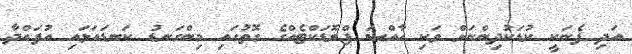
އަދި ފެނަކީ ކުޑަކުދިންނަށް ވަކި ޚާއްޞަ ޕްރޮޑަކްޓެއްގެ ގޮތުގައި މިންގަނޑު ކަނޑައަޅައި އުފައްދާ